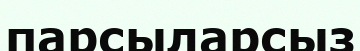
парсыларсыз